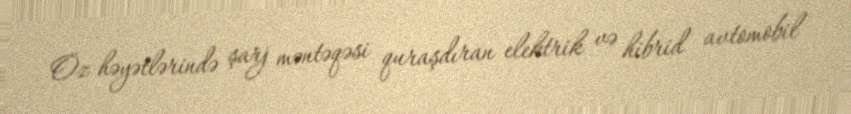
Öz həyətlərində şarj məntəqəsi quraşdıran elektrik və hibrid avtomobil